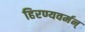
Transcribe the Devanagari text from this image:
हिरण्यवर्मन्